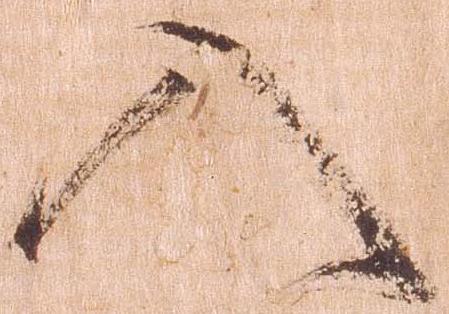
入